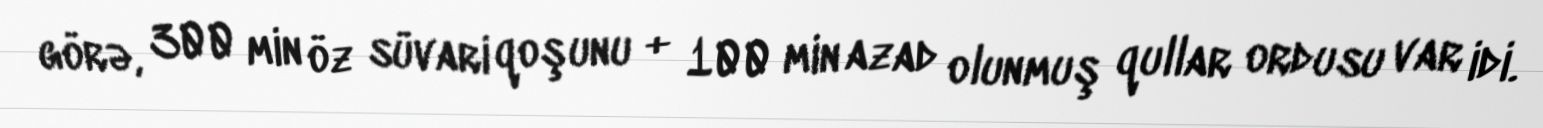
görə, 300 min öz süvari qoşunu + 100 min azad olunmuş qullar ordusu var idi.